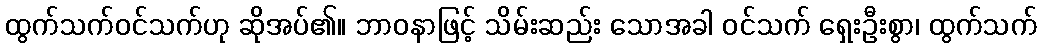
ထွက်သက်ဝင်သက်ဟု ဆိုအပ်၏။ ဘာဝနာဖြင့် သိမ်းဆည်း သောအခါ ဝင်သက် ရှေးဦးစွာ၊ ထွက်သက်